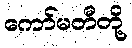
ကော်မတီတို့